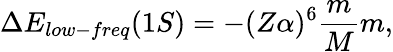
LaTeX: \Delta E_{low-freq}(1S)=-{(Z\alpha)^{6}}\frac{m}{M}m,